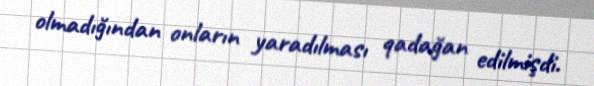
olmadığından onların yaradılması qadağan edilmişdi.